Paatsalu_vallavalitsus, lk 15
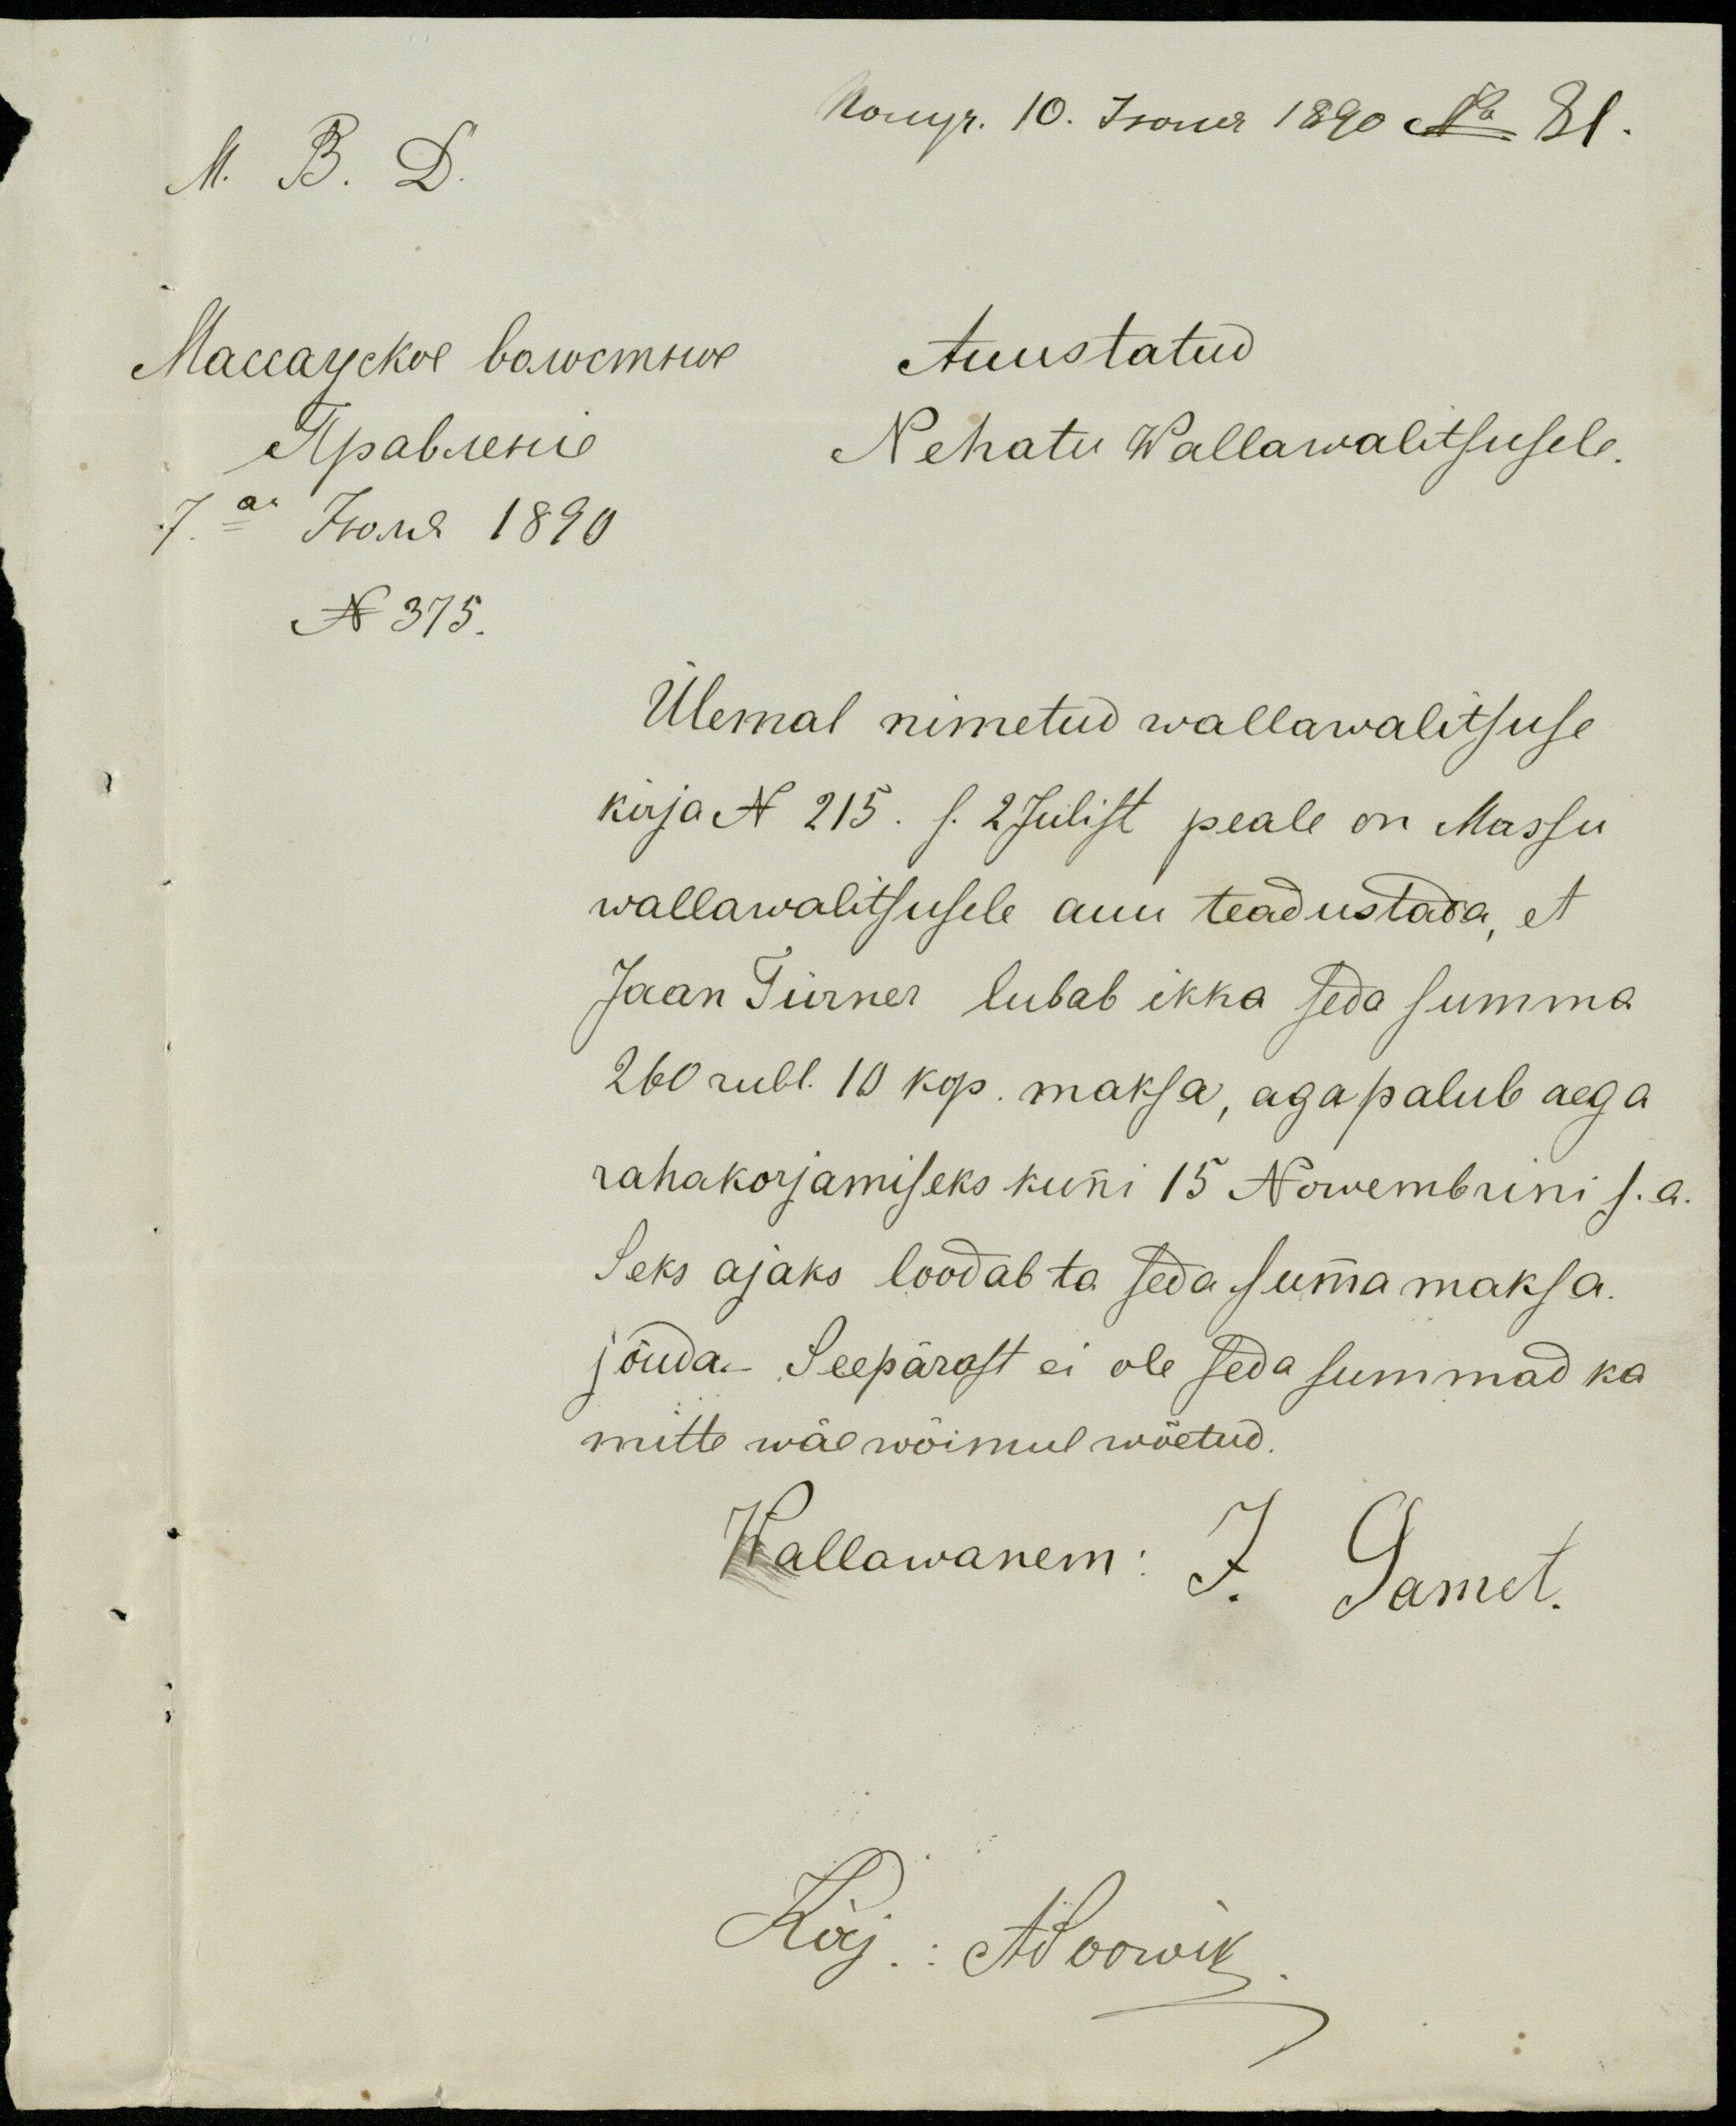
Auustatud
Nehatu Wallawalitsusele.
N 375.
Ülemal nimetud wallawalitsuse
kirja N 215. s. 2 Julist peale on Massu
wallawalitsusele auu teadustada, et
Jaan Türner lubab ikka seda summa
260 rubl. 10 kop. maksa, aga palub aega
rahakorjamiseks kunni 15 Nowembrini s.a.
Seks ajaks loodab ta seda summa maksa.
jõuda.- Seepärast ei ole seda summad ka
mitte wäewõimul wõetud.
Wallawanem: J. Samet.
Kirj.: ASoowik